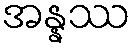
အန္နဿ